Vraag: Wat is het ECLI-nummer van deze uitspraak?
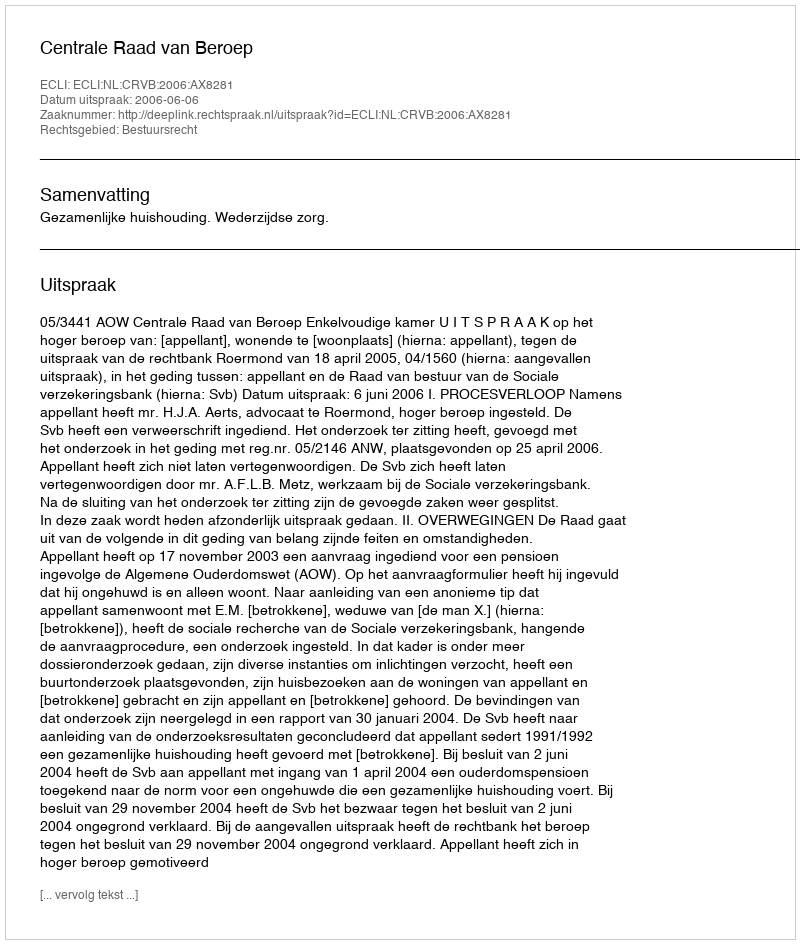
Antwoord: ECLI:NL:CRVB:2006:AX8281